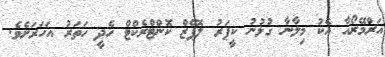
އަރްމޭރޯއާ އެކު މިލާނާ ގުޅުނު ކީޕަރު ލޮޕޭޒް ކޮންޓްރެކްޓް ހެދީ ހަތަރު އަހަރަށެވެ.